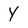
Character: Y